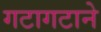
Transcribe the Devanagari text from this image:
गटागटाने